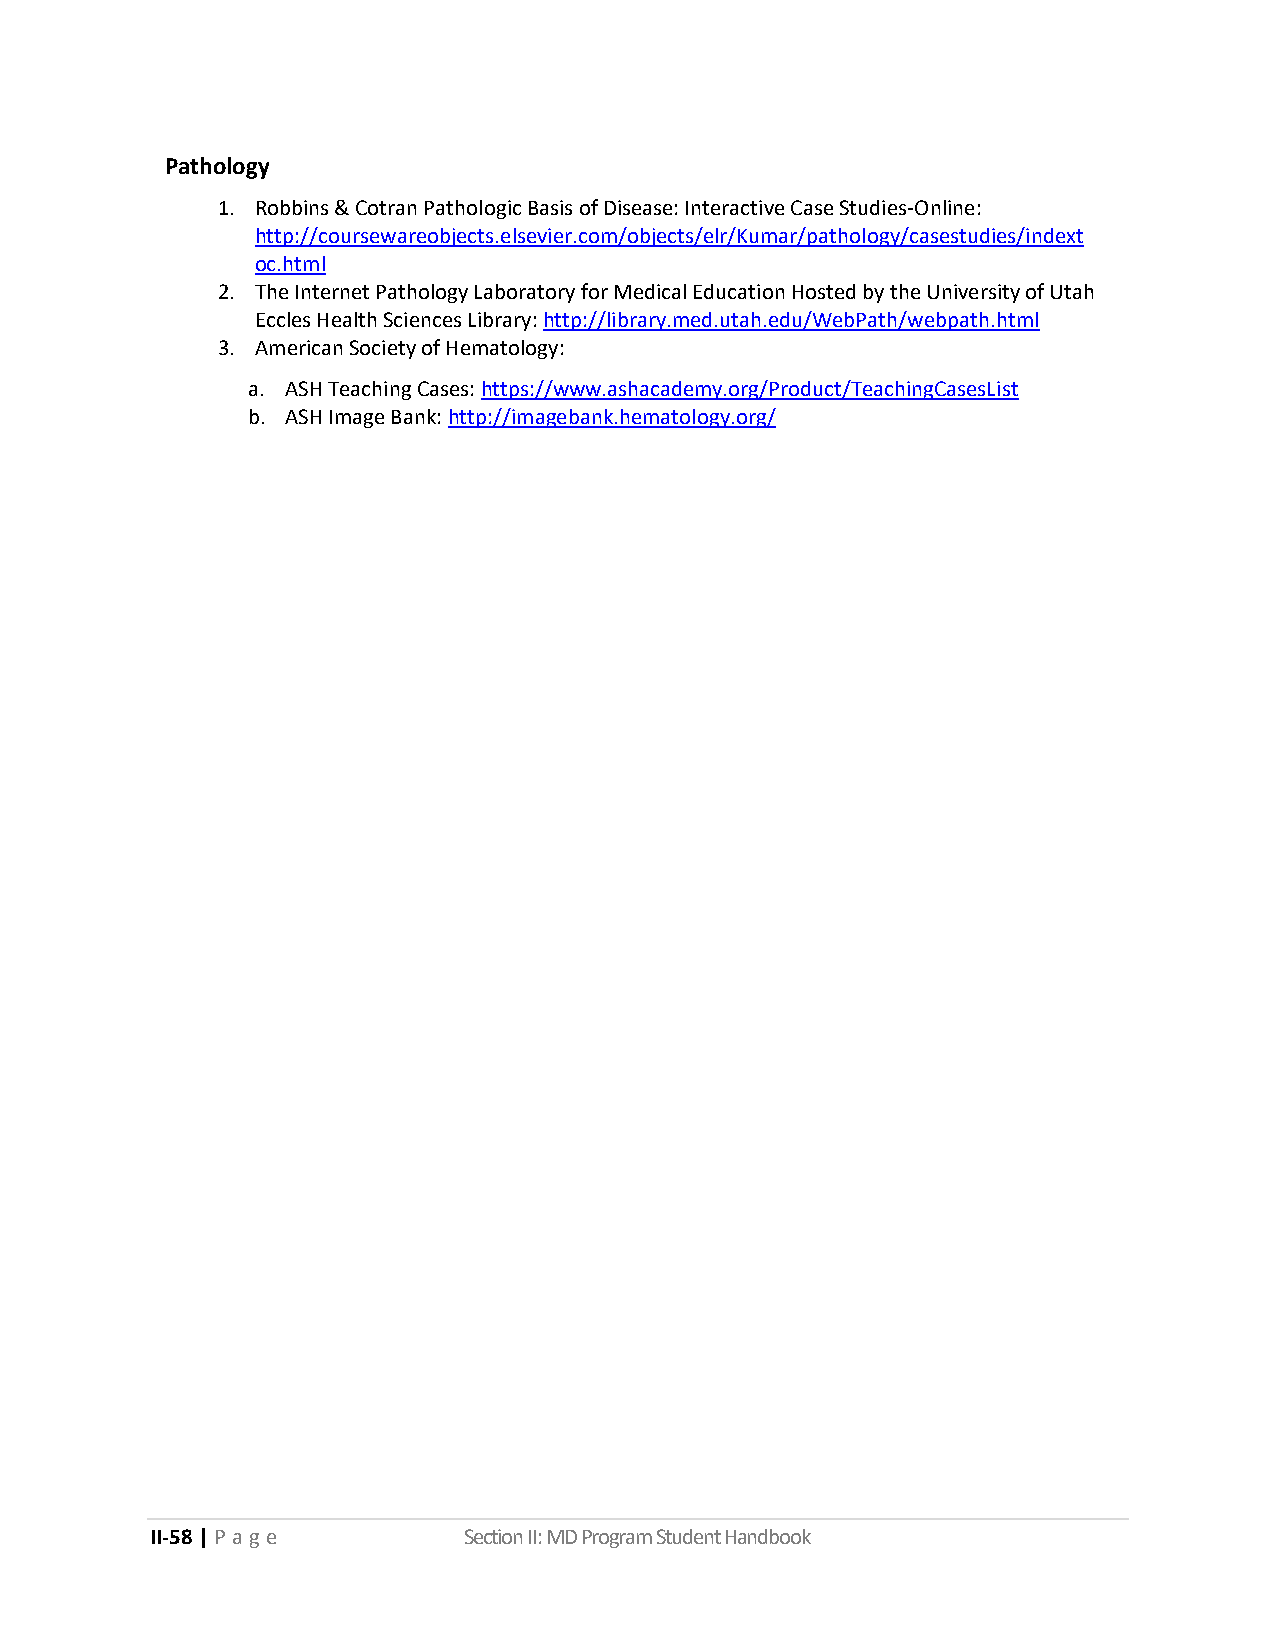
Pathology
 1. Robbins & Cotran Pathologic Basis of Disease: Interactive Case Studies-Online:
 http://coursewareobjects.elsevier.com/objects/elr/Kumar/pathology/casestudies/indext
 oc.html
 2. The Internet Pathology Laboratory for Medical Education Hosted by the University of Utah
 Eccles Health Sciences Library: http://library.med.utah.edu/WebPath/webpath.html
 3. American Society of Hematology:
 a. ASH Teaching Cases: https://www.ashacademy.org/Product/TeachingCasesList
 b. ASH Image Bank: http://imagebank.hematology.org/
 II-58 | P a g e      Section II: MD Program Student Handbook